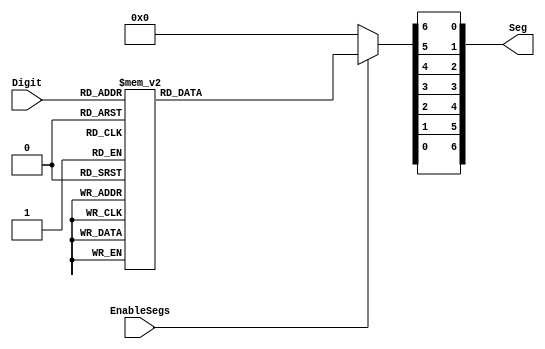
`timescale 1ns / 1ps
//////////////////////////////////////////////////////////////////////////////////
// Company:
// Engineer:
//
// Design Name:
// Module Name:    seven_segs
// Project Name:
// Target Devices:
// Tool versions:
// Description:
//
// Dependencies:
//
// Revision:
// Revision 0.01 - File Created
// Additional Comments:
//
//////////////////////////////////////////////////////////////////////////////////
module seven_segs(
           input [3:0] Digit,
           input EnableSegs,
           output reg [6:0] Seg) ;

reg [6:0] A_G ;

always @ (Digit or EnableSegs ) begin
    if (EnableSegs)
    case ( Digit )
        // Segment patterns abcdefg
        0:
            A_G = 7'b1111110; // 0
        1:
            A_G = 7'b0110000; // 1
        2:
            A_G = 7'b1101101; // 2
        3:
            A_G = 7'b1111001; // 3
        4:
            A_G = 7'b0110011; // 4
        5:
            A_G = 7'b1011011; // 5
        6:
            A_G = 7'b1011111; // 6
        7:
            A_G = 7'b1110000; // 7
        8:
            A_G = 7'b1111111; // 8
        9:
            A_G = 7'b1110011; // 9 (no 'tail')
        10:
            A_G = 7'b1110111; // A
        11:
            A_G = 7'b0011111; // b
        12:
            A_G = 7'b1001110; // C
        13:
            A_G = 7'b0111101; // d
        14:
            A_G = 7'b1001111; // E
        15:
            A_G = 7'b1000111; // F
        default:
            A_G = 7'bx;
    endcase
    else
        A_G = 7'b0;

    Seg = {A_G[0],A_G[1],A_G[2],A_G[3],A_G[4],A_G[5],A_G[6]};
end

endmodule